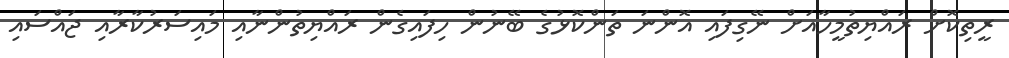
ރީތިކޮށް ރައްޔިތުމީހާއަށް ނޭގިފައި އޮންނަ ތަންކޮޅުގެ ބޭނުން ހިފައިގެން ރައްޔިތުންނާއި މައިސަރުކާރާއި ޖައްސައި